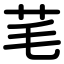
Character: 芼